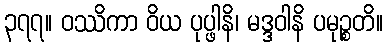
၃၇၇။ ဝဿိကာ ဝိယ ပုပ္ဖါနိ၊ မဒ္ဒဝါနိ ပမုဉ္စတိ။